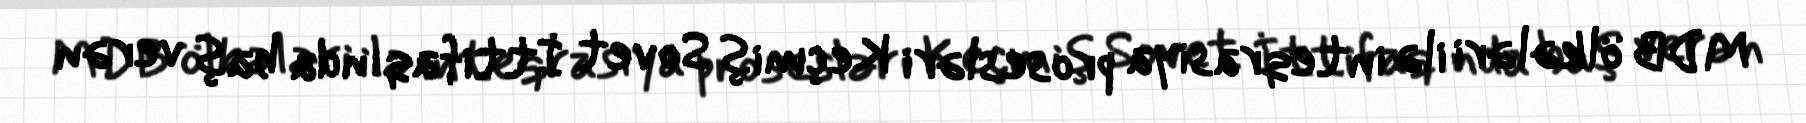
MDB ölkələri ilə inteqrasiya prosesləri Keçmiş Sovet İttifaqında baş verən